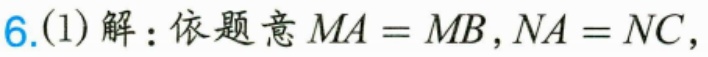
6.(1)解：依题意\(MA = MB\)，\(NA = NC\)，